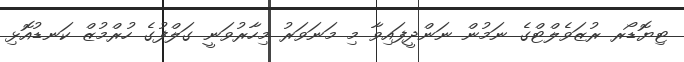
ޓިޔޮޑޯރ ރުޒަވެލްޓްގެ ނަމުން ނަންދީފައިވާ މި މަނަވަރު މިހާރުވަނީ ގަލްފުގެ ހުރްމުޒް ކަނޑުއޮޅި